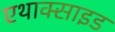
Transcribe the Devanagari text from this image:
एथाक्साइड